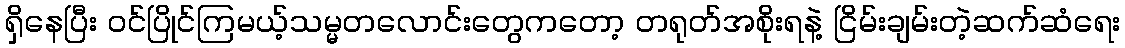
ရှိနေပြီး ဝင်ပြိုင်ကြမယ့်သမ္မတလောင်းတွေကတော့ တရုတ်အစိုးရနဲ့ ငြိမ်းချမ်းတဲ့ဆက်ဆံရေး